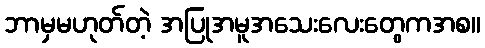
ဘာမှမဟုတ်တဲ့ အပြုအမူအသေးလေးတွေကအစ။